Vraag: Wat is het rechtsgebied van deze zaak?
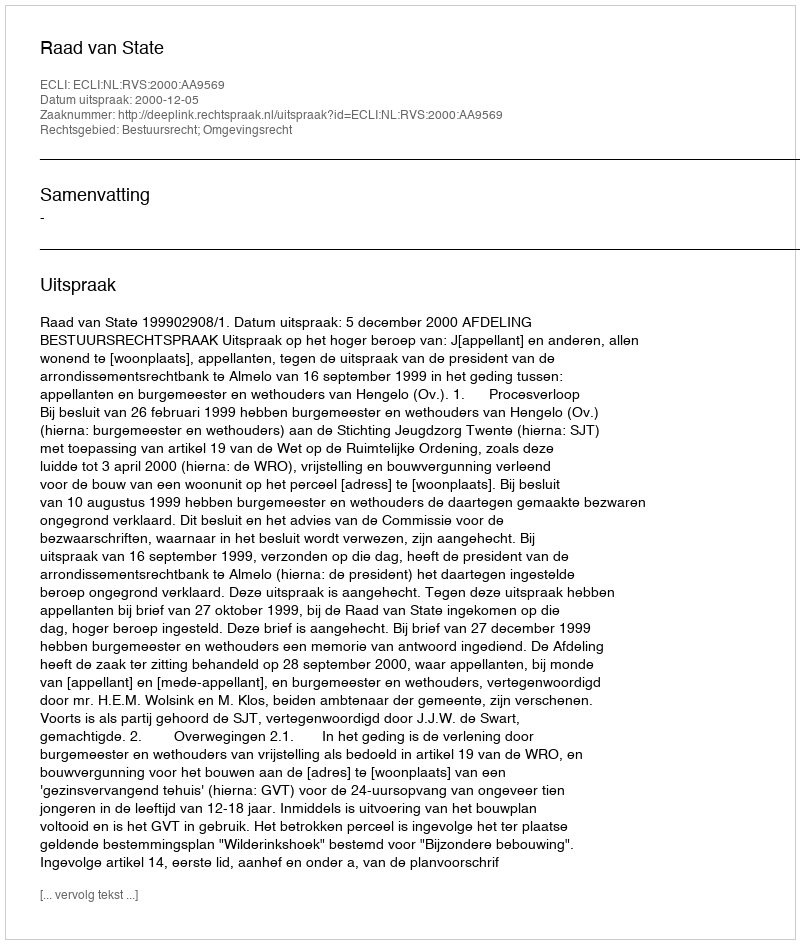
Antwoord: Bestuursrecht; Omgevingsrecht